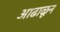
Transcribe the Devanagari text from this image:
आढाळून